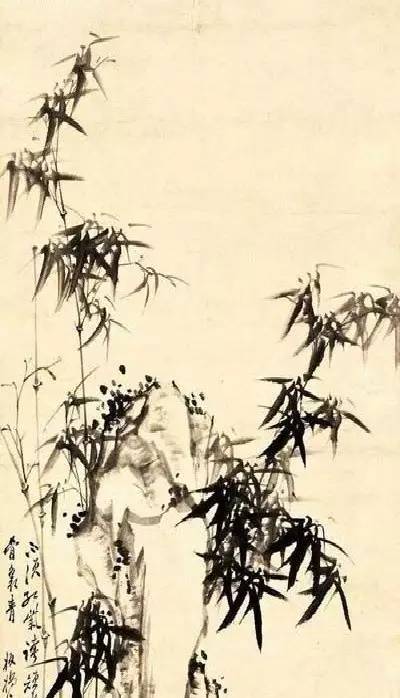
夜来疏雨鸣金井，一叶舞空红浅。